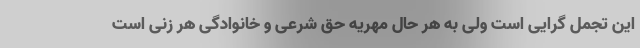
این تجمل گرایی است ولی به هر حال مهریه حق شرعی و خانوادگی هر زنی است